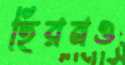
হিরনও